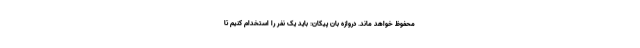
محفوظ خواهد ماند. دروازه بان پیکان: باید یک نفر را استخدام کنیم تا